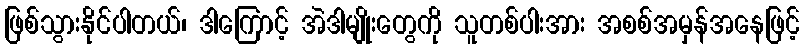
ဖြစ်သွားနိုင်ပါတယ်၊ ဒါကြောင့် အဲဒါမျိုးတွေကို သူတစ်ပါးအား အစစ်အမှန်အနေဖြင့်